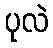
ပုလဲ